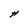
Character: H